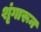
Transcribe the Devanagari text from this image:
शृंगारून